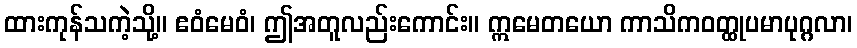
ထားကုန်သကဲ့သို့။ ဧဝံမေဝံ၊ ဤအတူလည်းကောင်း။ ဣမေတယော ကာသိကဝတ္ထုပမာပုဂ္ဂလာ၊